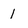
Character: 1